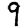
Digit: 9